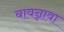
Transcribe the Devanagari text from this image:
बावन्नावा